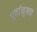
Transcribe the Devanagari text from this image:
पूर्वानुभव